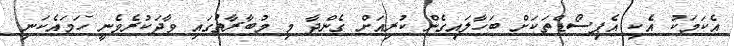
އެކަމަކު އެކި އެޕިސޯޑްތަކަށް ބަހާލައިގެން ކުރިއަށް ގެންދާ މި މުބާރާތުގައި ވާދަކުރެވެނީ ހަމައެކަނި